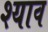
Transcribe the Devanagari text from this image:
श्याव